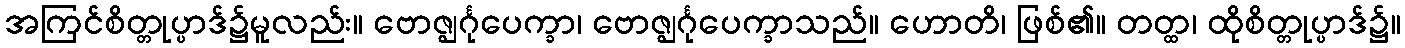
အကြင်စိတ္တုပ္ပာဒ်၌မူလည်း။ ဗောဇ္ဈင်္ဂုပေက္ခာ၊ ဗောဇ္ဈင်္ဂုပေက္ခာသည်။ ဟောတိ၊ ဖြစ်၏။ တတ္ထ၊ ထိုစိတ္တုပ္ပာဒ်၌။